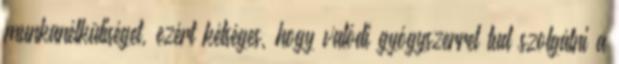
munkanélküliséget, ezért kétséges, hogy valódi gyógyszerrel tud szolgálni a